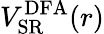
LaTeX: V_{\mathrm{SR}}^{\mathrm{{DFA}}}(r)